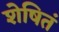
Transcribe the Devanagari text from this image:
शेषितं